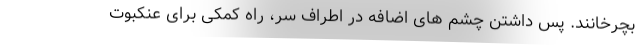
بچرخانند. پس داشتن چشم های اضافه در اطراف سر، راه کمکی برای عنکبوت